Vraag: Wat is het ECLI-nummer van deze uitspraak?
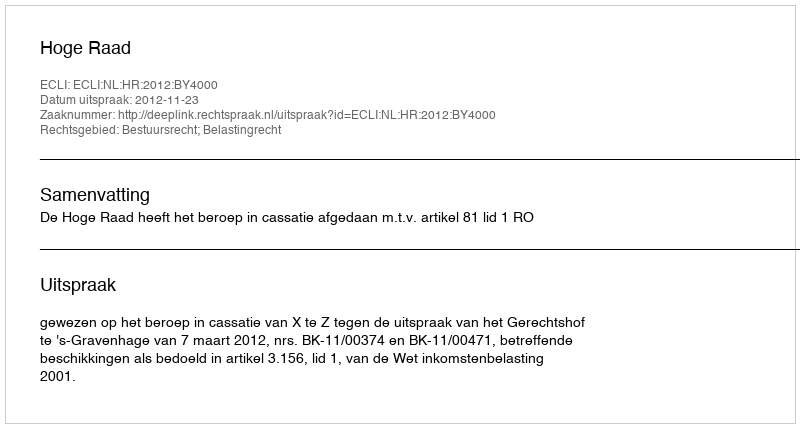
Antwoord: ECLI:NL:HR:2012:BY4000